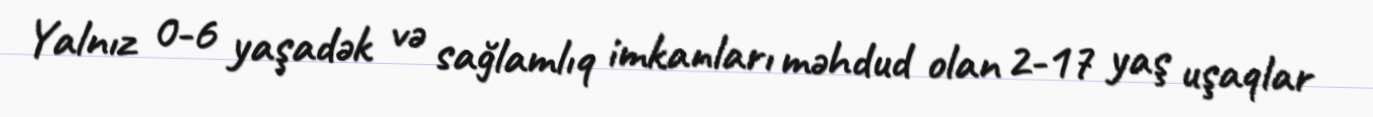
Yalnız 0-6 yaşadək və sağlamlıq imkanları məhdud olan 2-17 yaş uşaqlar